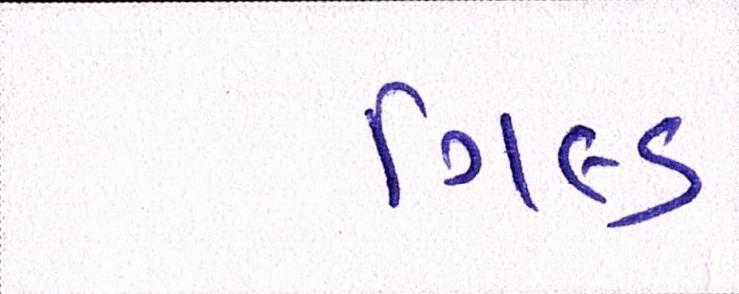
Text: ગિલ્ડ